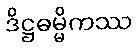
ဒိဋ္ဌဓမ္မိကဿ